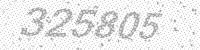
Solution: 325805